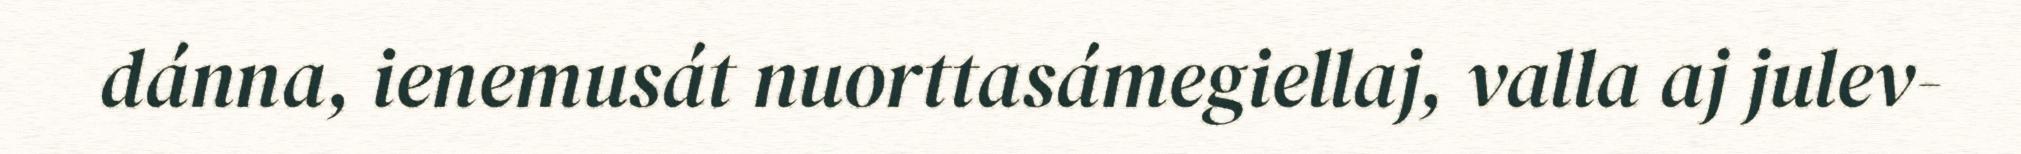
dánna, ienemusát nuorttasámegiellaj, valla aj julev-